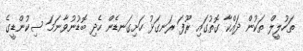
ތަހުލީލް ތަކުން ދައްކާ ގޮތުގައި ރޫފަ ރަނގަޅު ހަށިގަނޑެން ހެދި ބޮޑުނުވާނަމަ ސިކުންޑީގެ